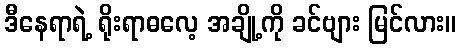
ဒီနေရာရဲ့ ရိုးရာဓလေ့ အချို့ကို ခင်ဗျား မြင်လား။